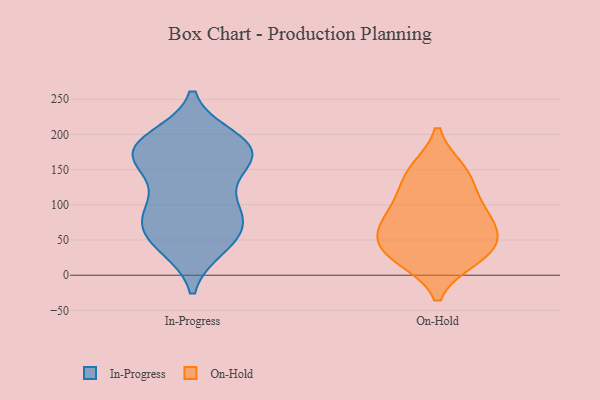
{"axis": {"x": "Budget (USD K)", "y": "Value"}, "legend": ["In-Progress", "On-Hold"], "data": [{"x": "", "y": 194, "type": "In-Progress"}, {"x": "", "y": 115, "type": "In-Progress"}, {"x": "", "y": 166, "type": "In-Progress"}, {"x": "", "y": 66, "type": "In-Progress"}, {"x": "", "y": 150, "type": "In-Progress"}, {"x": "", "y": 86, "type": "In-Progress"}, {"x": "", "y": 168, "type": "In-Progress"}, {"x": "", "y": 173, "type": "In-Progress"}, {"x": "", "y": 185, "type": "In-Progress"}, {"x": "", "y": 85, "type": "In-Progress"}, {"x": "", "y": 50, "type": "In-Progress"}, {"x": "", "y": 169, "type": "In-Progress"}, {"x": "", "y": 93, "type": "In-Progress"}, {"x": "", "y": 42, "type": "In-Progress"}, {"x": "", "y": 183, "type": "In-Progress"}, {"x": "", "y": 75, "type": "In-Progress"}, {"x": "", "y": 41, "type": "In-Progress"}, {"x": "", "y": 187, "type": "In-Progress"}, {"x": "", "y": 114, "type": "On-Hold"}, {"x": "", "y": 36, "type": "On-Hold"}, {"x": "", "y": 148, "type": "On-Hold"}, {"x": "", "y": 145, "type": "On-Hold"}, {"x": "", "y": 70, "type": "On-Hold"}, {"x": "", "y": 30, "type": "On-Hold"}, {"x": "", "y": 25, "type": "On-Hold"}, {"x": "", "y": 87, "type": "On-Hold"}, {"x": "", "y": 48, "type": "On-Hold"}, {"x": "", "y": 77, "type": "On-Hold"}]}